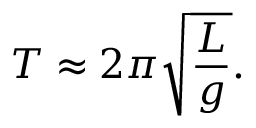
T \approx 2 \pi { \sqrt { \frac { L } { g } } } .